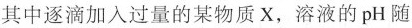
其中逐滴加入过量的某物质X，溶液的pH随